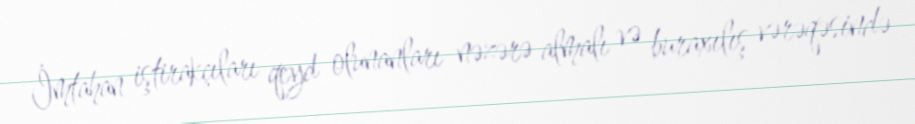
İmtahan iştirakçıları qeyd olunanları nəzərə almalı və buraxılış vərəqəsində